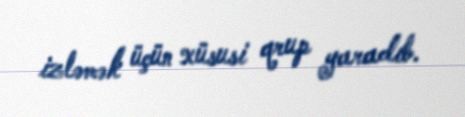
izləmək üçün xüsusi qrup yaradıb.